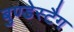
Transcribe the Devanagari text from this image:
बुण्डेस्टैग